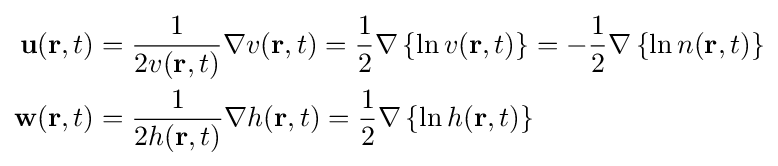
{\begin{aligned}{\mathbf {u} }({\mathbf {r} },t)&={\frac {1}{2v({\mathbf {r} },t)}}{\mathbf {\nabla } }v({\mathbf {r} },t)={\frac {1}{2}}{\mathbf {\nabla } }\left\{\ln v({\mathbf {r} },t)\right\}=-{\frac {1}{2}}{\mathbf {\nabla } }\left\{\ln n({\mathbf {r} },t)\right\}\\{\mathbf {w} }({\mathbf {r} },t)&={\frac {1}{2h({\mathbf {r} },t)}}{\mathbf {\nabla } }h({\mathbf {r} },t)={\frac {1}{2}}{\mathbf {\nabla } }\left\{\ln h({\mathbf {r} },t)\right\}\,\end{aligned}}